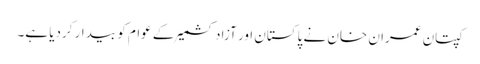
کپتان عمران خان نے پاکستان اور آزادکشمیر کے عوام کو بیدار کردیا ہے۔